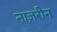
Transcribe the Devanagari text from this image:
नाज़रीन